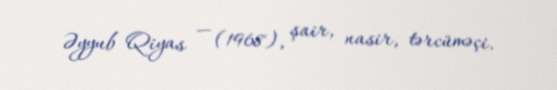
Əyyub Qiyas — (1968), şair, nasir, tərcüməçi.